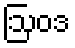
ဩဝဒ